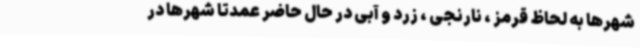
شهرها به لحاظ قرمز ، نارنجی ، زرد و آبی در حال حاضر عمدتا شهرها در